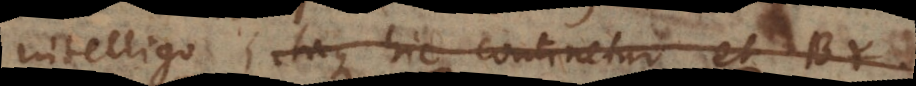
intelligo, itaque hic continetur et BY.